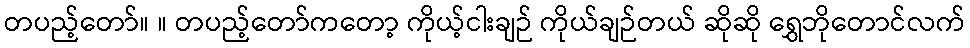
တပည့်တော်။ ။ တပည့်တော်ကတော့ ကိုယ့်ငါးချဉ် ကိုယ်ချဉ်တယ် ဆိုဆို ရွှေဘိုတောင်လက်